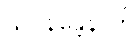
သုပိနန္တေနာတိ